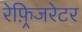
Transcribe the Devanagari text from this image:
रेफ़्रिजरेटर